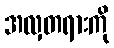
အလှတရားကို